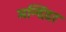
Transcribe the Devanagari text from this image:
मन्दिदर